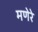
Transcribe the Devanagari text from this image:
मणेरे